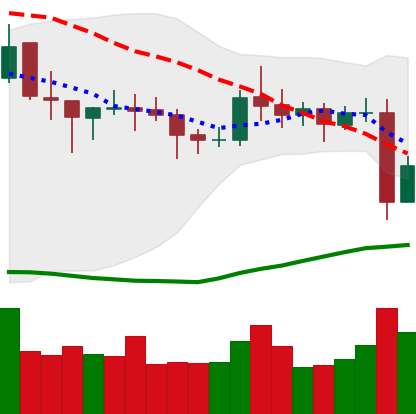
Ticker: NEO-USD
Chart end date: 2021-10-28
Forward return: 12.093%
Label: up_7plus